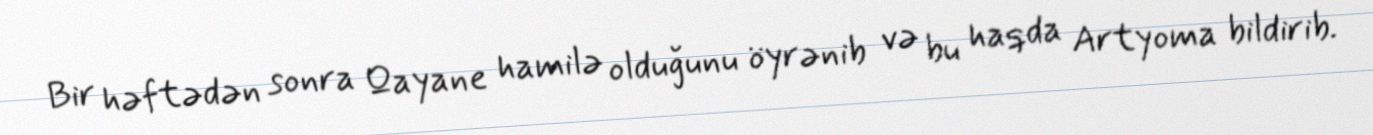
Bir həftədən sonra Qayane hamilə olduğunu öyrənib və bu haqda Artyoma bildirib.